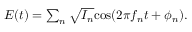
\begin{array} { r } { E ( t ) = \sum _ { n } \sqrt { I _ { n } } \mathrm { c o s } ( 2 \pi f _ { n } t + \phi _ { n } ) . } \end{array}